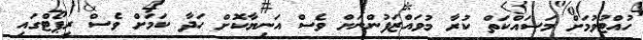
ހުއްޓުވުމަށް މަސައްކަތް ކުރާ މުވައްޒަފުންނަށް ވެސް އަނިޔާކޮށް ހަދާ ކަމަށް ވެސް ރިޕޯޓްގައި